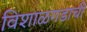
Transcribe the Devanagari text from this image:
विशाळगडाची